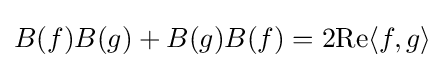
B(f)B(g)+B(g)B(f)=2\mathrm {Re} \langle f,g\rangle